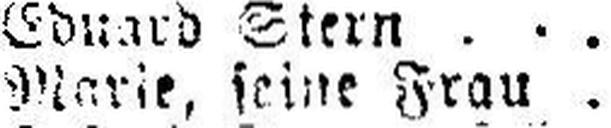
Marie, seine Frau